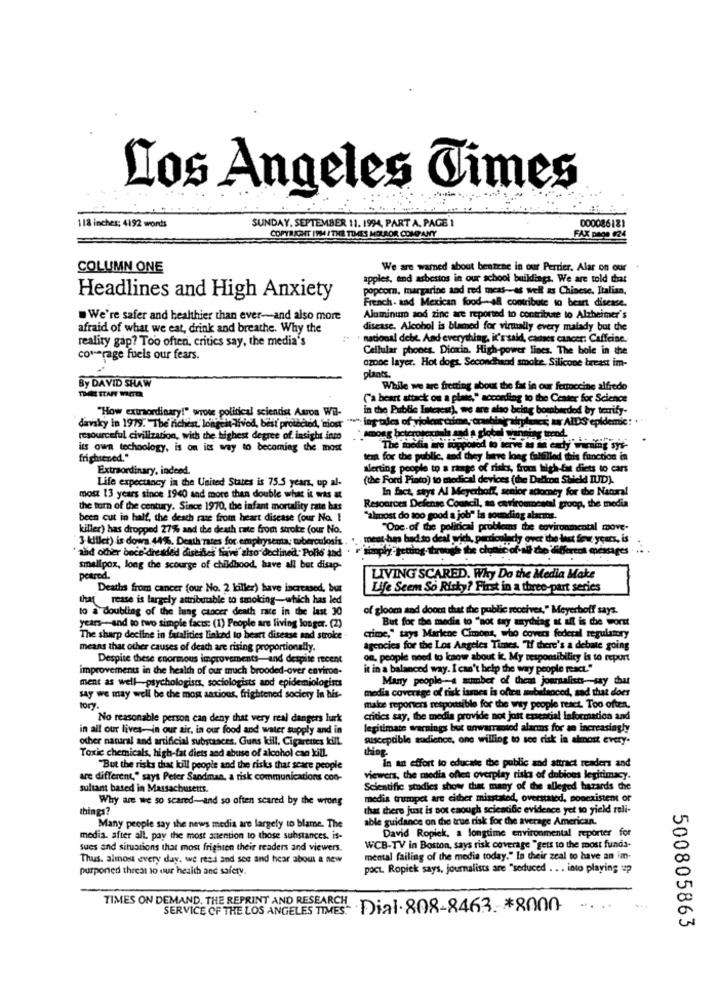
Los Angeles Times
SUNDAY, SEPTEMBER 11. 1994, PART A, PAGE 1
118 inches: 4192 words
000086181
COPYRIGHT 1994 / THE TIMES MOLROR COMPANY
FAX page 624
COLUMN ONE
We are warned about benzene in our Perrier. Alar on our
apples, and asbestos in our school buildings. We are told that
popcorn, margarine and red meat-es well as Chinese, Italian,
Headlines and High Anxiety
French . and Mexican food-all contribute to heart disease.
. We're safer and healthier than ever-and also more
Aluminum sod zinc are reported to contribute to Alzheimer's
afraid of what we eat, drink and breathe. Why the
disease. Alcohol is blamed for virtually every malady but the
reality gap? Too often, critics say, the media's
national debe. And everything, it'ssaid, cannes cancers Caffeine.
Cellular phones. Dioxin. High-power lines. The hole in the
coverage fuels our fears.
ozone layer. Hot dogs. Secondhand smoke. Silicone breast im-
plants.
By DAVID SHAW
While we are fretting about the fat in our fettuccine alfredo
('a beart attack on a plate," according to the Center for Science
"How extraordinary!" wroor political scientist Aaron Wil-
in the Public Interest), we are also being bomberded by terrify-
hryluck a AIDS epidemic: "
davsky in 1979. The richist. longest liviod, best protected, imour "
resourceful civilization, with the highest degree of. insight into
among boteroserial and a global winning mood.
its own techoology, is on its way to becoming the most
The media are iopposed to serve as an early warning sys-
frightened."
tem for the public, and they have long fulfilled this function in
Extraordinary, indeed.
alerting people to a range of risks, from high-fat diets to cars
Life expectancy in the United States is 75.5 years, up al-
(the Ford Pinto) to medical devices (the Dalton Shield IUD).
In fact, stys Al Meyerhoff, senior attorney for the Natural
most 13 years since 1940 and more than double what it was &
the turn of the century. Since 1970, the infant mortality rate has
Resources Defense Council, as caviromesul proop, the media
been cut in half, the death rase from heart disease (our No. 1
"almost do too good a job" la sounding alarmas.
killer) has dropped 27% and the death rate from stroke (our No.
"One. of the political problems the environmental move-
3 killer) is down 44%. Death rates for emphysema; tuberculosis.
cat has had to deal wich, pericolody over the last few yours, is
" and other once'dreaded diseases fiave also declined. Pollo and
onply getting- through the clublocal
cof all the different messages . .. .
smallpox, long the scourge of childhood, have all but disap-
peared.
LIVING SCARED. Why Do the Media Make
Deaths from cancer four No. 2 liller) have increased, but
Life Seem So Risky? First in a three-part series
that rease is largely attributable to smoking-which has led
to a doubling of the lung cancer death race in the last 30
of gloom and doom that the public receives," Meyerhoff says.
But for the media to "not say anything at all is the worst
years-and to two simple facts: (1) People are living longer. (2)
The sharp decline in fatalities linked to heart disease and stroke
crime," says Marlene Cimons, who covers federal regulatory
means that other causes of death are rising proportionally.
agencies for the Los Angeles Times. "If there's a debate going
Despite these enormous improvements-and despite recent
on, people need to kaow about it. My responsibility is to report
improvements in the health of our much brooded-over environ-
it in a balanced way. I can't help the way people react."
ment as well-psychologists, sociologists and epidemiologiss
Many people -- a number of theas journalists-say that
media coverage of tisk issues is often unbalanced, sad that does
say we may well be the most aations, frightened society in his-
tory.
male reporters responsible for the way people react. Too often,
No reasonable person can deny that very real dangers lurk
critics say, the media provide not just essential information and
in all our lives-in our air, in our food and water supply and in
legitimate warnings but unwarranted alarms for an increasingly
ocher natural and artificial substances. Guns kill. Cigarettes kill.
susceptible audience, one willing to see risk in almost every.
Toxic chemicals, high-fat diets and abuse of alcohol can kill.
thing.
In an effort to educate the public and attract readers and
"But the risks that kill people and the risks that scare people
are different," says Peter Sandman, a risk communications con-
viewers, the media ofles overplay risks of dubious legitimacy.
sultant based in Massachusetts.
Scientific studies show that many of the alleged hazards the
Why are we so scared-and so often scared by the wrong
media trumpet are either misstated, overstated, nonexistent or
things?
that there just is not enough scientific evidence yet to yield reli-
able guidance on the true risk for the average American.
Many people say the news media are largely to blame. The
David Ropiek, a longtime environmental reporter for
media. after all. pay the most atention to those substances. is-
sues and situations that most frighten their readers and viewers.
WCB-TV in Boston, says risk coverage "gets to the most funda-
Thus, almost every day. we resi and see and hear about a new
mental failing of the media today." In their zeal to have an im-
purponed threat to our health and safety.
poct. Ropiek says, journalists are "seduced .. . into playing up
TIMES ON DEMAND. THE REPRINT AND RESEARCH
SERVICE OF THE LOS ANGELES TIMES.
5- Dial. 808-8463. * 8000
500805863